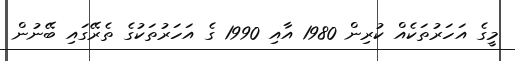
މީގެ އަހަރުތަކެއް ކުރިން 1980 އާއި 1990 ގެ އަހަރުތަކުގެ ތެރޭގައި ބޭނުން